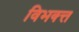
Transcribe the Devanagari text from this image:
विभक्त्त